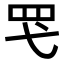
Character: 𮉽